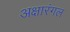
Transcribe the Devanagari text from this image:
अक्षारंगल